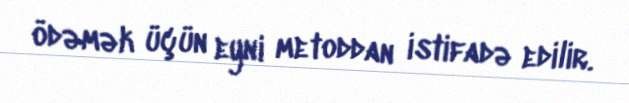
ödəmək üçün eyni metoddan istifadə edilir.